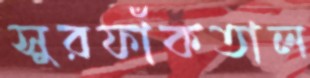
সুরফাঁকতাল